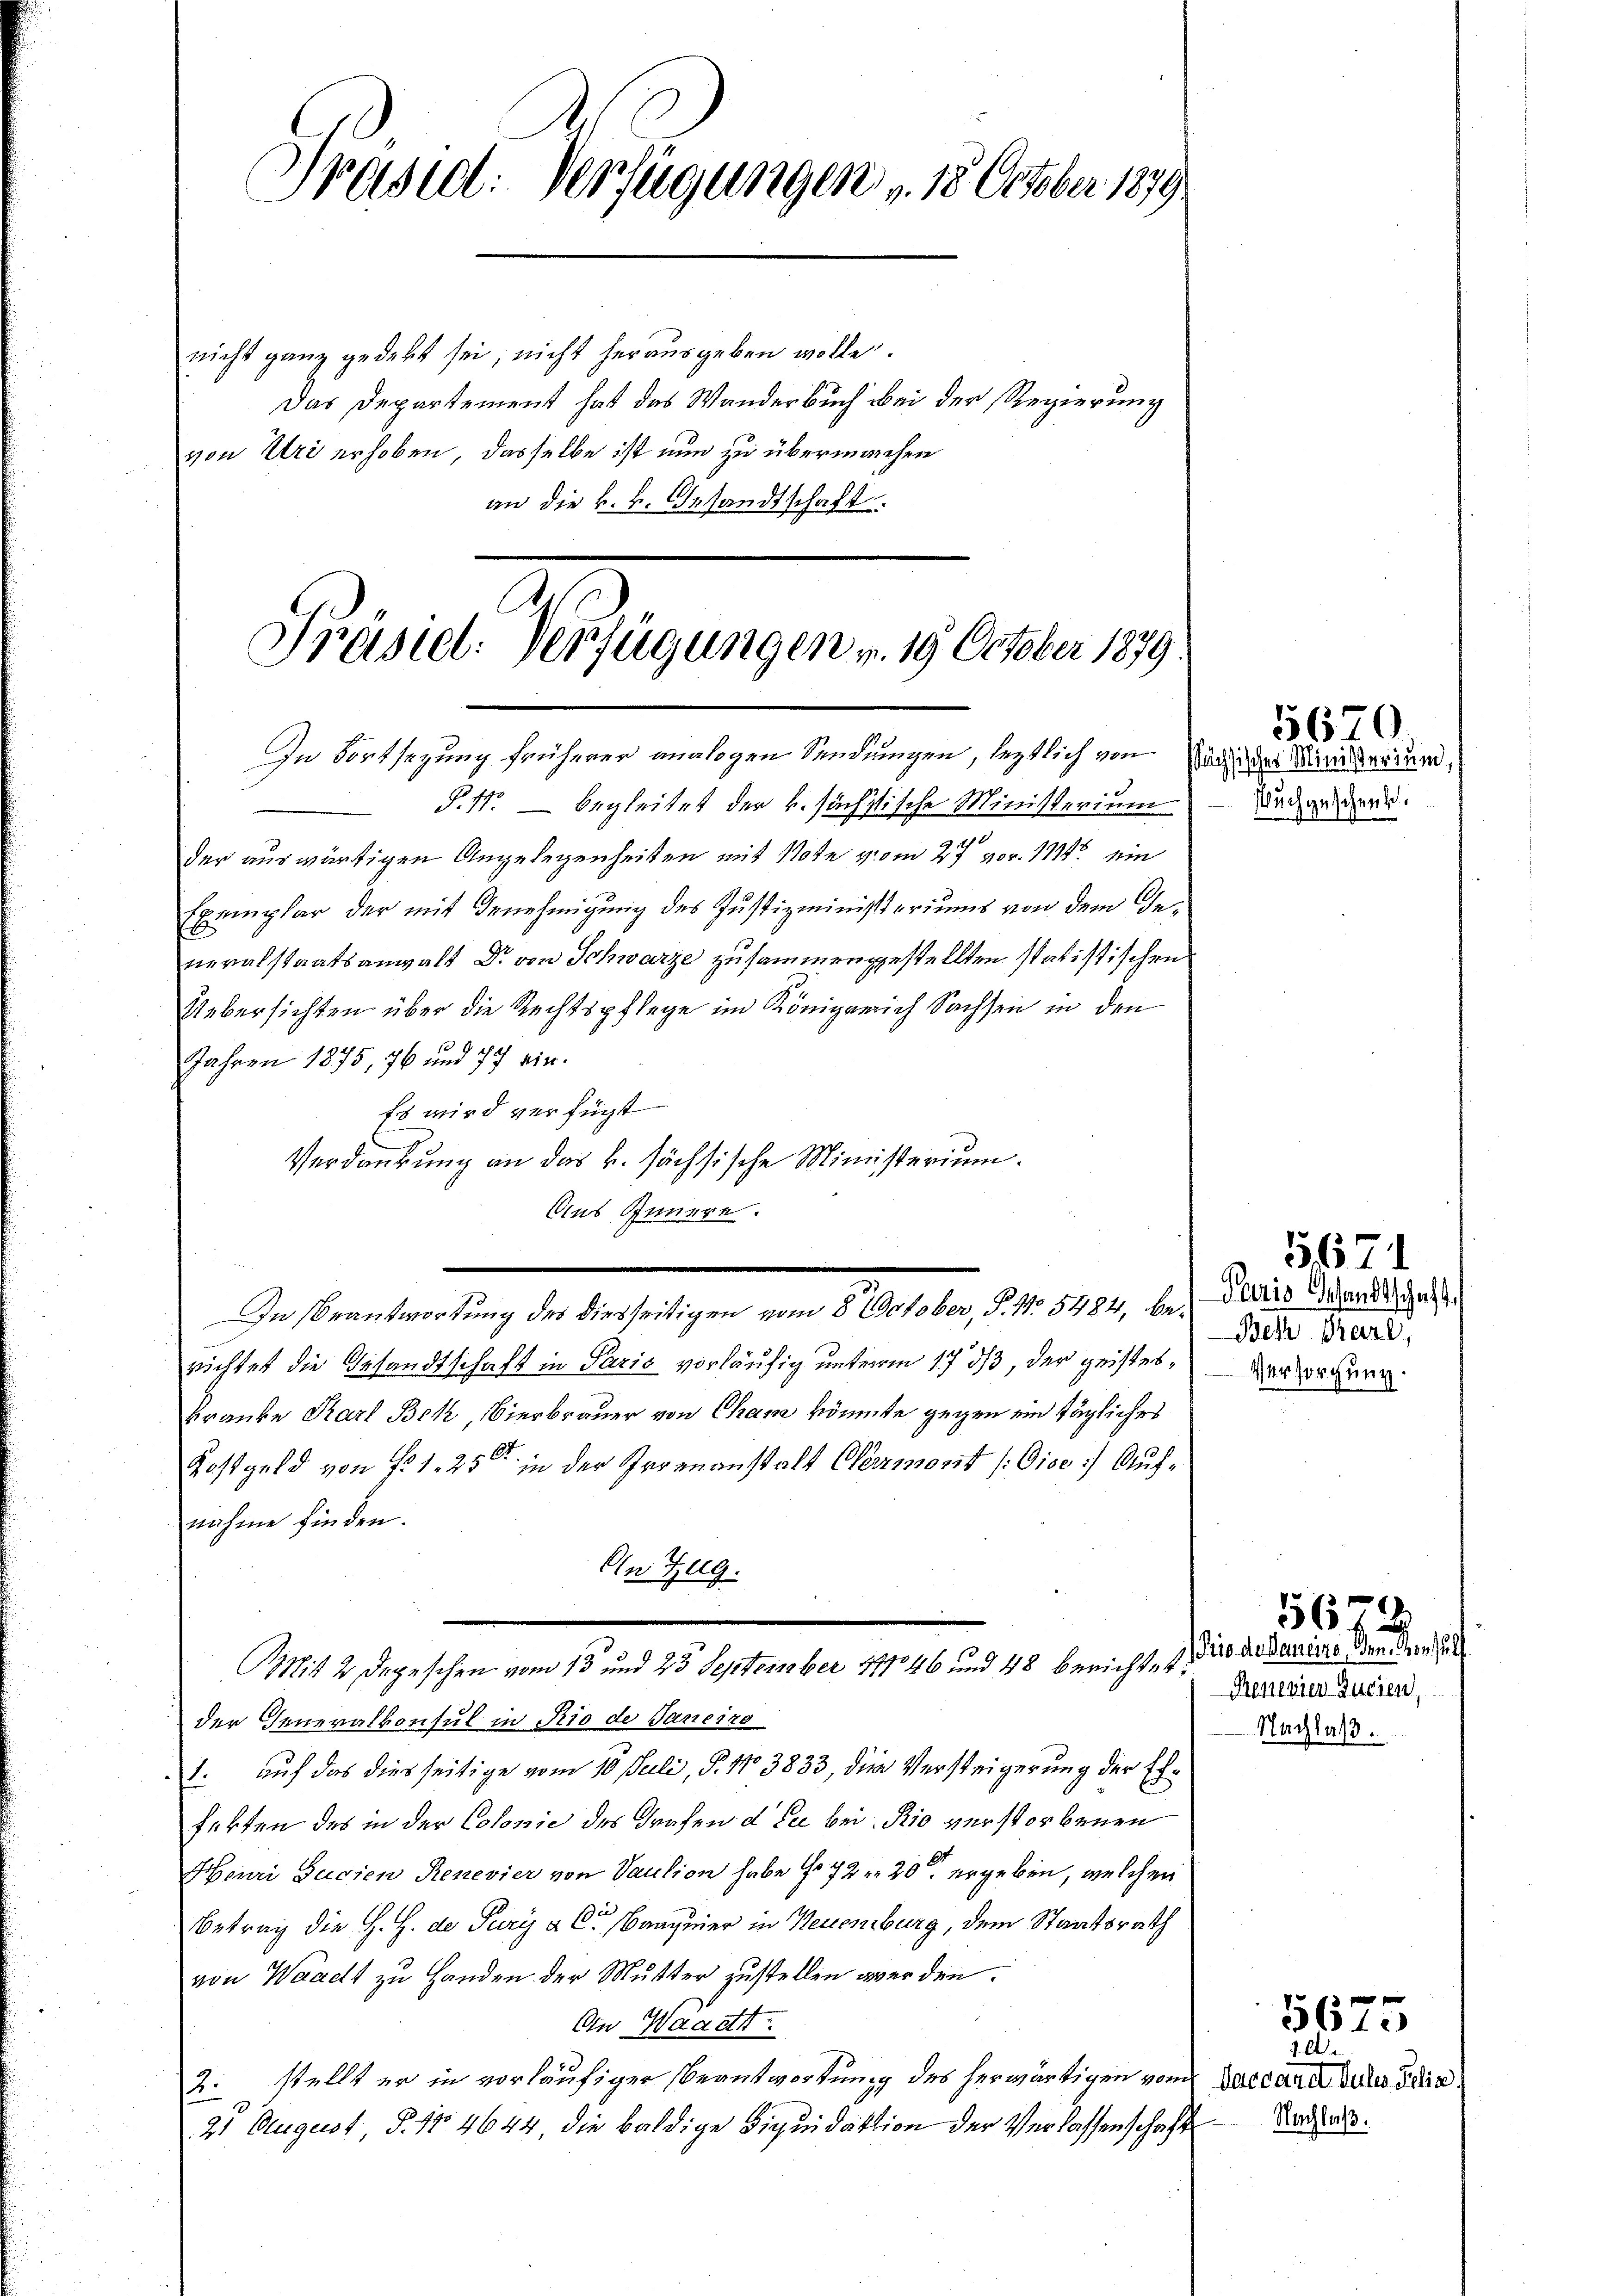
Präsid. Verfügungen v. 18. October 1879

nicht ganz gedekt sei, nicht herausgeben wolle.
Das Departement hat das Wanderbuch bei der Regierung
von Uri erhoben, dasselbe ist nun zu übermachen
an die k. k. Gesandtschaft.

Präseel. Verfügungen v. 19. October 1879.
In Fortsezung früherer analogen Sendungen, letztlich von Sachender Marieraum,

“
P.41. begleitet der k. sächstische Ministerium
der auswärtigen Angelegenheiten mit Note vom 27. vor. 1114. ein
Exemplar der mit Genehmigung des Justizministeriums von dem Generalstaatsanwalt Dr. von Schwarze zusammengestellten statistischen
Uebersichten über die Rechtspflege im Königerich Sachsen in den
Jahren 1875, 76 und 77 ein.
Es wird verfügt
Verdankung an das k. sächsische Ministerium.
Aus Innern.
richtet die Gesandtschaft in Paris vorläufig unterm 17. 33, der geisteskranke Karl Bek, Bierbrauer von Cham könnte gegen ein tägliches
Kostgeld von § 125 in der Irrenanstalt Clermont (Gise. Aufnahme finden.
An Zug.
Mit 2 Depeschen vom 13 und 25 September 1846 und 48 berichtet:
der Generalkonsul in Rio de Janeize
1. auf das dies seitige vom 10. Juli, P. 110 3833, die Versteigerung der Exferten des in der Colonie des Grafen d See bei: Rio verstorbenen
Henri Sucien Renevier von Vaution habe No 72 n 20 ergeben, welchen
Betrag die H. H. de Puri a Cr Baugeier in Neuenburg, dem Staatsrath
von Waadt zu Handen der Mutter zustellen werden.
An Waadt
2. stellt er in vorläufiger Beantwortung des herwärtigen vom
21 August, §. 1. 4644, die baldige Liquidaktion der Verlassenschaft

In Beantwortung des diesseitigen vom 8. October, P. Nr. 5484, be¬

5670.
sbuchgeschenk.

5,671
Paris Gesandtschaft
Behr Prarl,
Versorgung.

.

Nachlaß.

1562
Prio de Gemeins, den Mens
Rementer Zueien,

1.
Daccard Sules Felix)

f
3615

Nachlaß.